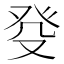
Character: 癹